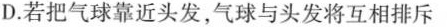
D.若把气球靠近头发，气球与头发将互相排斥